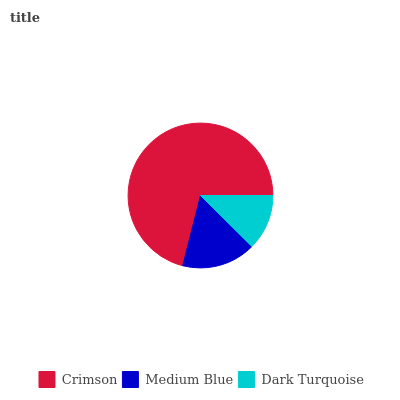
| Crimson | Medium Blue | Dark Turquoise |
 | --- | --- | --- |
 | 71% | 16.6% | 12.4% |